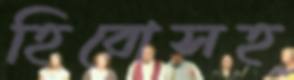
হিরোসহ